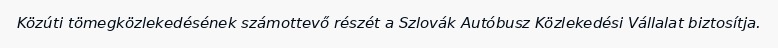
Közúti tömegközlekedésének számottevő részét a Szlovák Autóbusz Közlekedési Vállalat biztosítja.